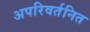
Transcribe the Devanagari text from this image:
अपरिवर्तनित